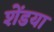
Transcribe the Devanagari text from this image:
शेंडया